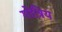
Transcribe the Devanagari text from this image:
गोत्रिय